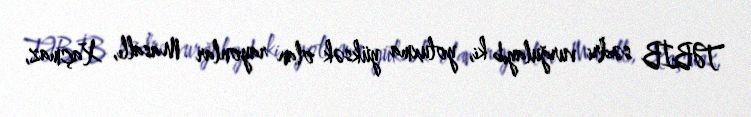
TƏBİB sədri vurğulayıb ki, yoluxma yüksək olan rayonlar Masallı, Xaçmaz,